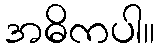
အဓိကပါ။